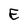
Character: E